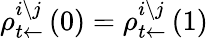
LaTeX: \rho_{t\leftarrow}^{i\setminus j}\left(0\right)=\rho_{t\leftarrow}^{i\setminus j}\left(1\right)